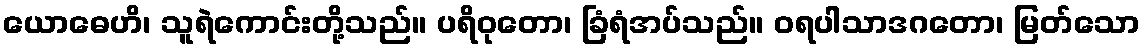
ယောဓေဟိ၊ သူရဲကောင်းတို့သည်။ ပရိဝုတော၊ ခြံရံအပ်သည်။ ဝရပါသာဒဂတော၊ မြတ်သော